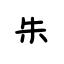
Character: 朱